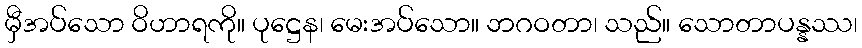
မှီအပ်သော ဝိဟာရကို။ ပုဋ္ဌေန၊ မေးအပ်သော။ ဘဂဝတာ၊ သည်။ သောတာပန္နဿ၊